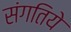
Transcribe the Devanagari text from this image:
संगतिये